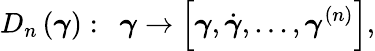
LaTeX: D_{n}\left(\boldsymbol{\gamma}\right):~\ \boldsymbol{\gamma}\rightarrow\left[\boldsymbol{\gamma},\dot{\boldsymbol{\gamma}},...,\boldsymbol{\gamma}^{(n)}\right],